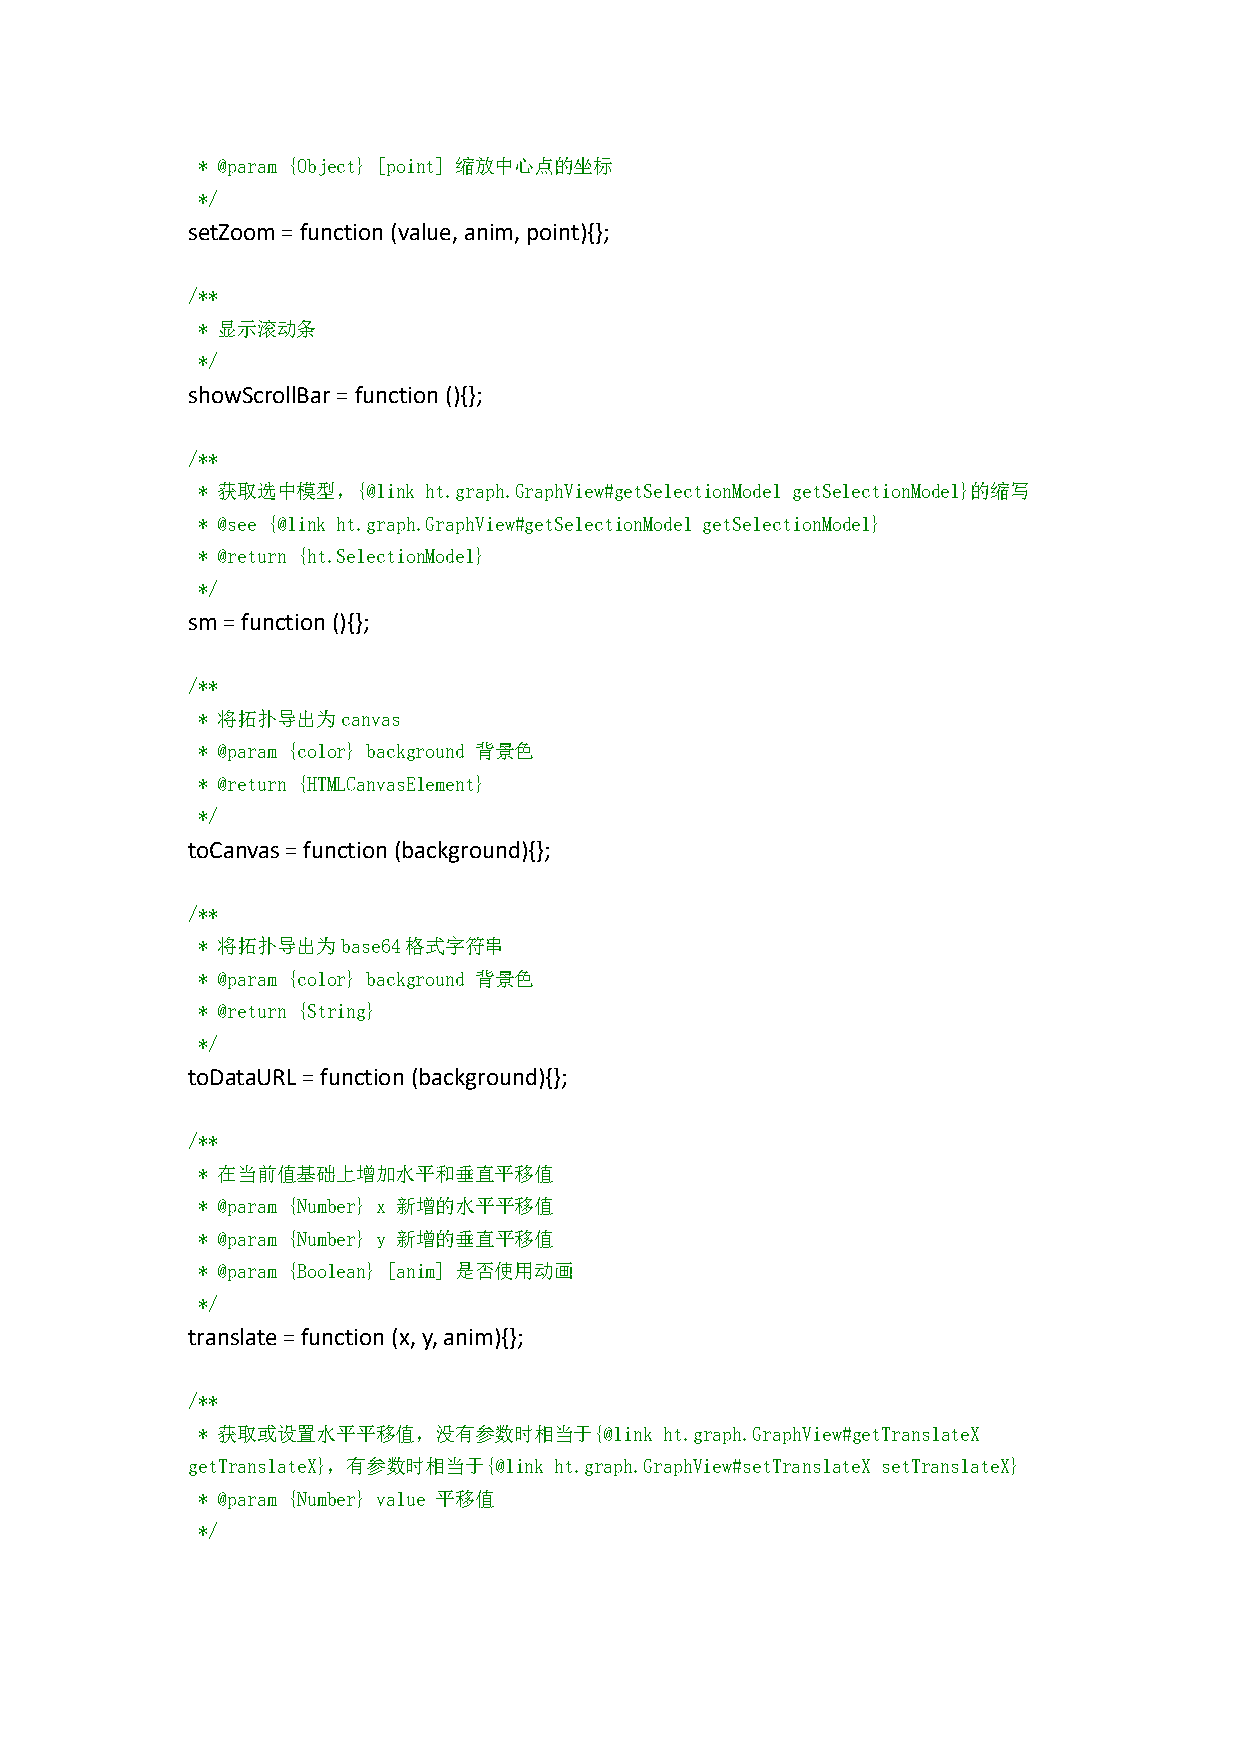
* @param {Object} [point] 缩放中心点的坐标
 */
 setZoom=function(value,anim,point){};
 /**
 * 显示滚动条
 */
 showScrollBar=function(){};
 /**
 * 获取选中模型，{@link ht.graph.GraphView#getSelectionModel getSelectionModel}的缩写
 * @see {@link ht.graph.GraphView#getSelectionModel getSelectionModel}
 * @return {ht.SelectionModel}
 */
 sm=function(){};
 /**
 * 将拓扑导出为canvas
 * @param {color} background 背景色
 * @return {HTMLCanvasElement}
 */
 toCanvas=function(background){};
 /**
 * 将拓扑导出为base64格式字符串
 * @param {color} background 背景色
 * @return {String}
 */
 toDataURL=function(background){};
 /**
 * 在当前值基础上增加水平和垂直平移值
 * @param {Number} x 新增的水平平移值
 * @param {Number} y 新增的垂直平移值
 * @param {Boolean} [anim] 是否使用动画
 */
 translate=function(x,y,anim){};
 /**
 * 获取或设置水平平移值，没有参数时相当于{@link    ht.graph.GraphView#getTranslateX
 getTranslateX}，有参数时相当于{@link ht.graph.GraphView#setTranslateX setTranslateX}
 * @param {Number} value 平移值
 */